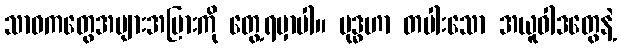
သာဓကတွေအများအပြားကို တွေ့ရမှာပါ။ ဗုဒ္ဓဟာ တပါးသော အယူဝါဒတွေနဲ့